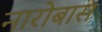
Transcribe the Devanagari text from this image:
नारोबास